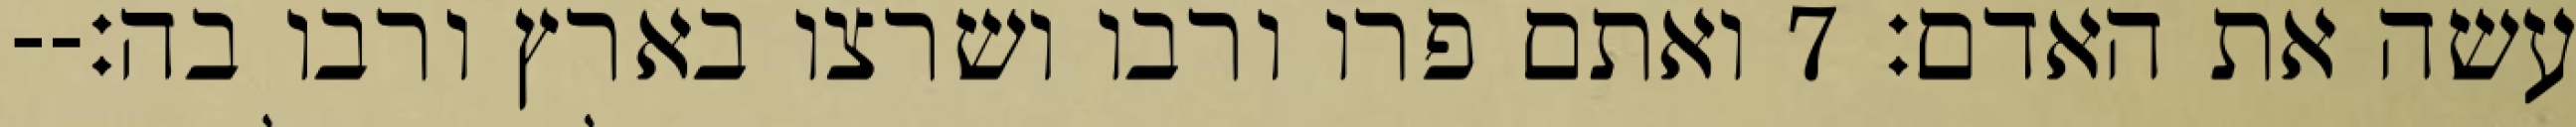
עשה את האדם׃ ‎7‏ ואתם פרו ורבו ושרצו בארץ ורבו בה׃--